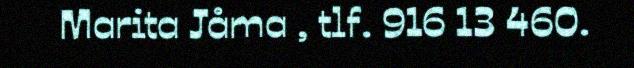
Marita Jåma , tlf. 916 13 460.